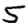
Digit: 5